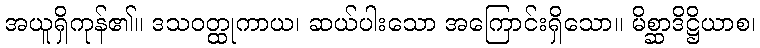
အယူရှိကုန်၏။ ဒသဝတ္ထုကာယ၊ ဆယ်ပါးသော အကြောင်းရှိသော။ မိစ္ဆာဒိဋ္ဌိယာစ၊